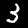
Digit: 3